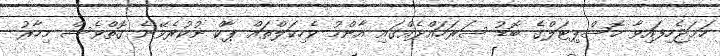
ހަމަޖެހިފައިވާ ހޮސްޕިޓަލްގެ ބޮޑު ސަރަހައްދެއްގައި އާންމު ވެހިކަލްތައް ޕާކް ނުކުރެވޭނެ ގޮތްވެސް މިހާރު